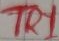
Text: TR1